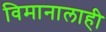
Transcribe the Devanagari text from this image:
विमानालाही